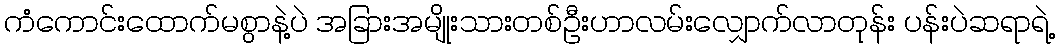
ကံကောင်းထောက်မစွာနဲ့ပဲ အခြားအမျိုးသားတစ်ဦးဟာလမ်းလျှောက်လာတုန်း ပန်းပဲဆရာရဲ့